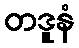
တဒူနံ